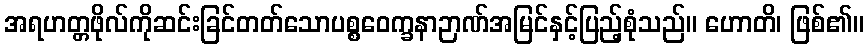
အရဟတ္တဖိုလ်ကိုဆင်းခြင်တတ်သောပစ္စဝေက္ခနာဉာဏ်အမြင်နှင့်ပြည့်စုံသည်။ ဟောတိ၊ ဖြစ်၏။